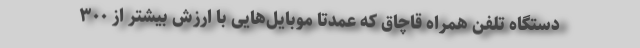
دستگاه تلفن همراه قاچاق که عمدتاً موبایل‌هایی با ارزش بیشتر از ۳۰۰